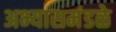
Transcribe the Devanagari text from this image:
अभ्यासमंडळे